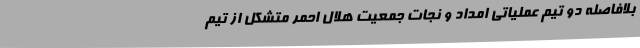
بلافاصله دو تیم عملیاتی امداد و نجات جمعیت هلال احمر متشکل از تیم